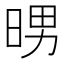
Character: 𭦉